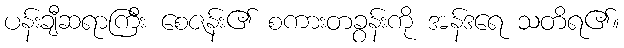
ပန်းချီဆရာကြီး စေဇန်း၏ စကားတခွန်းကို အန်ဒရေ သတိရ၏။